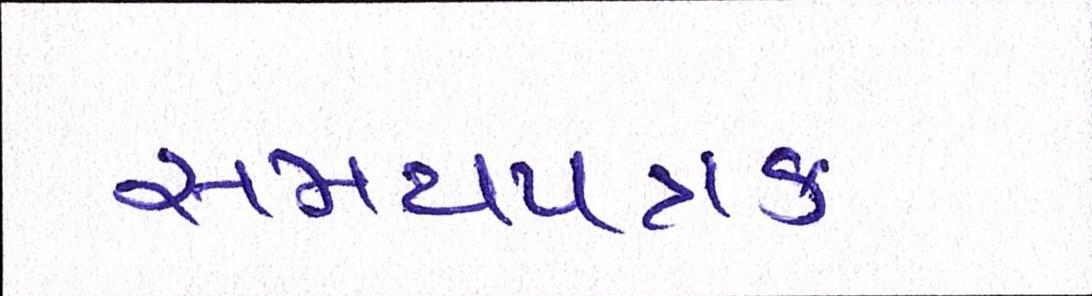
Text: સમયપત્રક